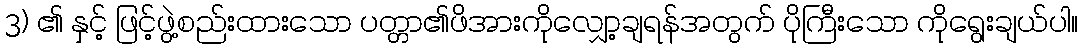
3) ၏ နှင့် ဖြင့်ဖွဲ့စည်းထားသော ပတ္တာ၏ဖိအားကိုလျှော့ချရန်အတွက် ပိုကြီးသော ကိုရွေးချယ်ပါ။